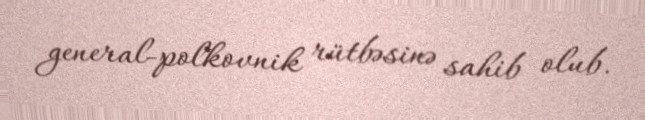
general-polkovnik rütbəsinə sahib olub.